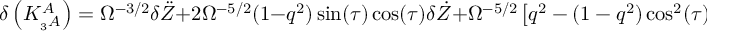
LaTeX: \delta \left( K _ { _ 3 A } ^ { A } \right) = \Omega ^ { - 3 / 2 } \delta \ddot { Z } + 2 \Omega ^ { - 5 / 2 } ( 1 - q ^ { 2 } ) \sin ( \tau ) \cos ( \tau ) \delta \dot { Z } + \Omega ^ { - 5 / 2 } \left[ q ^ { 2 } - ( 1 - q ^ { 2 } ) \cos ^ { 2 } ( \tau ) \right] \delta Z .